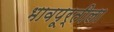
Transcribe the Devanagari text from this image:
भावपूर्तीला